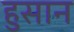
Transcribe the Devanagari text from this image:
हुसान